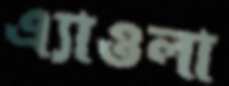
এ্যাওলা